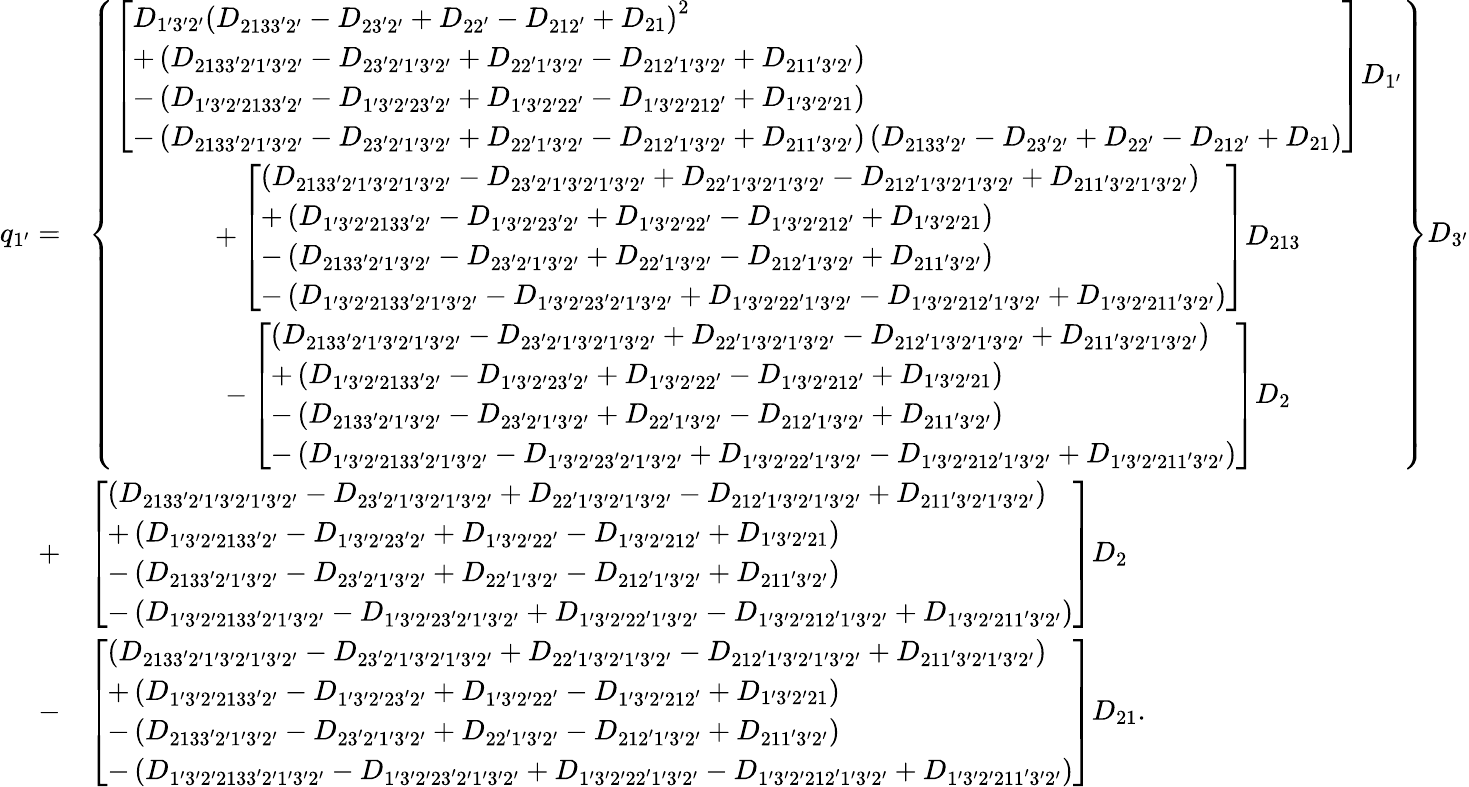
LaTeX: \begin{array}{rl}{q_{1^{\prime}}=}&{\left\{ \begin{array}{c}{\left[\begin{array}{l}{{D_{1^{\prime}3^{\prime}2^{\prime}}}{\left({{D_{2133^{\prime}2^{\prime}}}-{D_{23^{\prime}2^{\prime}}}+{D_{22^{\prime}}}-{D_{212^{\prime}}}+{D_{21}}}\right)^{2}}}\\ {+\left({{D_{2133^{\prime}2^{\prime}1^{\prime}3^{\prime}2^{\prime}}}-{D_{23^{\prime}2^{\prime}1^{\prime}3^{\prime}2^{\prime}}}+{D_{22^{\prime}1^{\prime}3^{\prime}2^{\prime}}}-{D_{212^{\prime}1^{\prime}3^{\prime}2^{\prime}}}+{D_{211^{\prime}3^{\prime}2^{\prime}}}}\right)}\\ {-\left({{D_{1^{\prime}3^{\prime}2^{\prime}2133^{\prime}2^{\prime}}}-{D_{1^{\prime}3^{\prime}2^{\prime}23^{\prime}2^{\prime}}}+{D_{1^{\prime}3^{\prime}2^{\prime}22^{\prime}}}-{D_{1^{\prime}3^{\prime}2^{\prime}212^{\prime}}}+{D_{1^{\prime}3^{\prime}2^{\prime}21}}}\right)}\\ {-\left({{D_{2133^{\prime}2^{\prime}1^{\prime}3^{\prime}2^{\prime}}}-{D_{23^{\prime}2^{\prime}1^{\prime}3^{\prime}2^{\prime}}}+{D_{22^{\prime}1^{\prime}3^{\prime}2^{\prime}}}-{D_{212^{\prime}1^{\prime}3^{\prime}2^{\prime}}}+{D_{211^{\prime}3^{\prime}2^{\prime}}}}\right)\left({{D_{2133^{\prime}2^{\prime}}}-{D_{23^{\prime}2^{\prime}}}+{D_{22^{\prime}}}-{D_{212^{\prime}}}+{D_{21}}}\right)}\end{array}\right]{D_{1^{\prime}}}}\\ {+\left[\begin{array}{l}{\left({{D_{2133^{\prime}2^{\prime}1^{\prime}3^{\prime}2^{\prime}1^{\prime}3^{\prime}2^{\prime}}}-{D_{23^{\prime}2^{\prime}1^{\prime}3^{\prime}2^{\prime}1^{\prime}3^{\prime}2^{\prime}}}+{D_{22^{\prime}1^{\prime}3^{\prime}2^{\prime}1^{\prime}3^{\prime}2^{\prime}}}-{D_{212^{\prime}1^{\prime}3^{\prime}2^{\prime}1^{\prime}3^{\prime}2^{\prime}}}+{D_{211^{\prime}3^{\prime}2^{\prime}1^{\prime}3^{\prime}2^{\prime}}}}\right)}\\ {+\left({{D_{1^{\prime}3^{\prime}2^{\prime}2133^{\prime}2^{\prime}}}-{D_{1^{\prime}3^{\prime}2^{\prime}23^{\prime}2^{\prime}}}+{D_{1^{\prime}3^{\prime}2^{\prime}22^{\prime}}}-{D_{1^{\prime}3^{\prime}2^{\prime}212^{\prime}}}+{D_{1^{\prime}3^{\prime}2^{\prime}21}}}\right)}\\ {-\left({{D_{2133^{\prime}2^{\prime}1^{\prime}3^{\prime}2^{\prime}}}-{D_{23^{\prime}2^{\prime}1^{\prime}3^{\prime}2^{\prime}}}+{D_{22^{\prime}1^{\prime}3^{\prime}2^{\prime}}}-{D_{212^{\prime}1^{\prime}3^{\prime}2^{\prime}}}+{D_{211^{\prime}3^{\prime}2^{\prime}}}}\right)}\\ {-\left({{D_{1^{\prime}3^{\prime}2^{\prime}2133^{\prime}2^{\prime}1^{\prime}3^{\prime}2^{\prime}}}-{D_{1^{\prime}3^{\prime}2^{\prime}23^{\prime}2^{\prime}1^{\prime}3^{\prime}2^{\prime}}}+{D_{1^{\prime}3^{\prime}2^{\prime}22^{\prime}1^{\prime}3^{\prime}2^{\prime}}}-{D_{1^{\prime}3^{\prime}2^{\prime}212^{\prime}1^{\prime}3^{\prime}2^{\prime}}}+{D_{1^{\prime}3^{\prime}2^{\prime}211^{\prime}3^{\prime}2^{\prime}}}}\right)}\end{array}\right]{D_{213}}}\\ {-\left[\begin{array}{l}{\left({{D_{2133^{\prime}2^{\prime}1^{\prime}3^{\prime}2^{\prime}1^{\prime}3^{\prime}2^{\prime}}}-{D_{23^{\prime}2^{\prime}1^{\prime}3^{\prime}2^{\prime}1^{\prime}3^{\prime}2^{\prime}}}+{D_{22^{\prime}1^{\prime}3^{\prime}2^{\prime}1^{\prime}3^{\prime}2^{\prime}}}-{D_{212^{\prime}1^{\prime}3^{\prime}2^{\prime}1^{\prime}3^{\prime}2^{\prime}}}+{D_{211^{\prime}3^{\prime}2^{\prime}1^{\prime}3^{\prime}2^{\prime}}}}\right)}\\ {+\left({{D_{1^{\prime}3^{\prime}2^{\prime}2133^{\prime}2^{\prime}}}-{D_{1^{\prime}3^{\prime}2^{\prime}23^{\prime}2^{\prime}}}+{D_{1^{\prime}3^{\prime}2^{\prime}22^{\prime}}}-{D_{1^{\prime}3^{\prime}2^{\prime}212^{\prime}}}+{D_{1^{\prime}3^{\prime}2^{\prime}21}}}\right)}\\ {-\left({{D_{2133^{\prime}2^{\prime}1^{\prime}3^{\prime}2^{\prime}}}-{D_{23^{\prime}2^{\prime}1^{\prime}3^{\prime}2^{\prime}}}+{D_{22^{\prime}1^{\prime}3^{\prime}2^{\prime}}}-{D_{212^{\prime}1^{\prime}3^{\prime}2^{\prime}}}+{D_{211^{\prime}3^{\prime}2^{\prime}}}}\right)}\\ {-\left({{D_{1^{\prime}3^{\prime}2^{\prime}2133^{\prime}2^{\prime}1^{\prime}3^{\prime}2^{\prime}}}-{D_{1^{\prime}3^{\prime}2^{\prime}23^{\prime}2^{\prime}1^{\prime}3^{\prime}2^{\prime}}}+{D_{1^{\prime}3^{\prime}2^{\prime}22^{\prime}1^{\prime}3^{\prime}2^{\prime}}}-{D_{1^{\prime}3^{\prime}2^{\prime}212^{\prime}1^{\prime}3^{\prime}2^{\prime}}}+{D_{1^{\prime}3^{\prime}2^{\prime}211^{\prime}3^{\prime}2^{\prime}}}}\right)}\end{array}\right]{D_{2}}}\end{array}\right\} {D_{3^{\prime}}}}\\ {+}&{\left[\begin{array}{l}{\left({{D_{2133^{\prime}2^{\prime}1^{\prime}3^{\prime}2^{\prime}1^{\prime}3^{\prime}2^{\prime}}}-{D_{23^{\prime}2^{\prime}1^{\prime}3^{\prime}2^{\prime}1^{\prime}3^{\prime}2^{\prime}}}+{D_{22^{\prime}1^{\prime}3^{\prime}2^{\prime}1^{\prime}3^{\prime}2^{\prime}}}-{D_{212^{\prime}1^{\prime}3^{\prime}2^{\prime}1^{\prime}3^{\prime}2^{\prime}}}+{D_{211^{\prime}3^{\prime}2^{\prime}1^{\prime}3^{\prime}2^{\prime}}}}\right)}\\ {+\left({{D_{1^{\prime}3^{\prime}2^{\prime}2133^{\prime}2^{\prime}}}-{D_{1^{\prime}3^{\prime}2^{\prime}23^{\prime}2^{\prime}}}+{D_{1^{\prime}3^{\prime}2^{\prime}22^{\prime}}}-{D_{1^{\prime}3^{\prime}2^{\prime}212^{\prime}}}+{D_{1^{\prime}3^{\prime}2^{\prime}21}}}\right)}\\ {-\left({{D_{2133^{\prime}2^{\prime}1^{\prime}3^{\prime}2^{\prime}}}-{D_{23^{\prime}2^{\prime}1^{\prime}3^{\prime}2^{\prime}}}+{D_{22^{\prime}1^{\prime}3^{\prime}2^{\prime}}}-{D_{212^{\prime}1^{\prime}3^{\prime}2^{\prime}}}+{D_{211^{\prime}3^{\prime}2^{\prime}}}}\right)}\\ {-\left({{D_{1^{\prime}3^{\prime}2^{\prime}2133^{\prime}2^{\prime}1^{\prime}3^{\prime}2^{\prime}}}-{D_{1^{\prime}3^{\prime}2^{\prime}23^{\prime}2^{\prime}1^{\prime}3^{\prime}2^{\prime}}}+{D_{1^{\prime}3^{\prime}2^{\prime}22^{\prime}1^{\prime}3^{\prime}2^{\prime}}}-{D_{1^{\prime}3^{\prime}2^{\prime}212^{\prime}1^{\prime}3^{\prime}2^{\prime}}}+{D_{1^{\prime}3^{\prime}2^{\prime}211^{\prime}3^{\prime}2^{\prime}}}}\right)}\end{array}\right]{D_{2}}}\\ {-}&{\left[\begin{array}{l}{\left({{D_{2133^{\prime}2^{\prime}1^{\prime}3^{\prime}2^{\prime}1^{\prime}3^{\prime}2^{\prime}}}-{D_{23^{\prime}2^{\prime}1^{\prime}3^{\prime}2^{\prime}1^{\prime}3^{\prime}2^{\prime}}}+{D_{22^{\prime}1^{\prime}3^{\prime}2^{\prime}1^{\prime}3^{\prime}2^{\prime}}}-{D_{212^{\prime}1^{\prime}3^{\prime}2^{\prime}1^{\prime}3^{\prime}2^{\prime}}}+{D_{211^{\prime}3^{\prime}2^{\prime}1^{\prime}3^{\prime}2^{\prime}}}}\right)}\\ {+\left({{D_{1^{\prime}3^{\prime}2^{\prime}2133^{\prime}2^{\prime}}}-{D_{1^{\prime}3^{\prime}2^{\prime}23^{\prime}2^{\prime}}}+{D_{1^{\prime}3^{\prime}2^{\prime}22^{\prime}}}-{D_{1^{\prime}3^{\prime}2^{\prime}212^{\prime}}}+{D_{1^{\prime}3^{\prime}2^{\prime}21}}}\right)}\\ {-\left({{D_{2133^{\prime}2^{\prime}1^{\prime}3^{\prime}2^{\prime}}}-{D_{23^{\prime}2^{\prime}1^{\prime}3^{\prime}2^{\prime}}}+{D_{22^{\prime}1^{\prime}3^{\prime}2^{\prime}}}-{D_{212^{\prime}1^{\prime}3^{\prime}2^{\prime}}}+{D_{211^{\prime}3^{\prime}2^{\prime}}}}\right)}\\ {-\left({{D_{1^{\prime}3^{\prime}2^{\prime}2133^{\prime}2^{\prime}1^{\prime}3^{\prime}2^{\prime}}}-{D_{1^{\prime}3^{\prime}2^{\prime}23^{\prime}2^{\prime}1^{\prime}3^{\prime}2^{\prime}}}+{D_{1^{\prime}3^{\prime}2^{\prime}22^{\prime}1^{\prime}3^{\prime}2^{\prime}}}-{D_{1^{\prime}3^{\prime}2^{\prime}212^{\prime}1^{\prime}3^{\prime}2^{\prime}}}+{D_{1^{\prime}3^{\prime}2^{\prime}211^{\prime}3^{\prime}2^{\prime}}}}\right)}\end{array}\right]{D_{21}}.}\end{array}